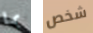
بما شخص